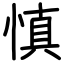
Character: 慎